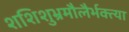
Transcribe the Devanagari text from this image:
शशिशुभ्रमौलैर्भक्त्या